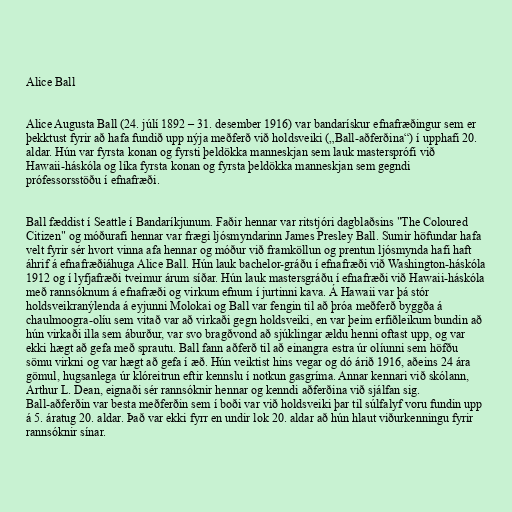
Alice Ball

Alice Augusta Ball (24. júlí 1892 – 31. desember 1916) var bandarískur efnafræðingur sem er
þekktust fyrir að hafa fundið upp nýja meðferð við holdsveiki („Ball-aðferðina“) í upphafi 20.
aldar. Hún var fyrsta konan og fyrsti þeldökka manneskjan sem lauk mastersprófi við
Hawaii-háskóla og líka fyrsta konan og fyrsta þeldökka manneskjan sem gegndi
prófessorsstöðu í efnafræði.

Ball fæddist í Seattle í Bandaríkjunum. Faðir hennar var ritstjóri dagblaðsins "The Coloured
Citizen" og móðurafi hennar var frægi ljósmyndarinn James Presley Ball. Sumir höfundar hafa
velt fyrir sér hvort vinna afa hennar og móður við framköllun og prentun ljósmynda hafi haft
áhrif á efnafræðiáhuga Alice Ball. Hún lauk bachelor-gráðu í efnafræði við Washington-háskóla
1912 og í lyfjafræði tveimur árum síðar. Hún lauk mastersgráðu í efnafræði við Hawaii-háskóla
með rannsóknum á efnafræði og virkum efnum í jurtinni kava. Á Hawaii var þá stór
holdsveikranýlenda á eyjunni Molokai og Ball var fengin til að þróa meðferð byggða á
chaulmoogra-olíu sem vitað var að virkaði gegn holdsveiki, en var þeim erfiðleikum bundin að
hún virkaði illa sem áburður, var svo bragðvond að sjúklingar ældu henni oftast upp, og var
ekki hægt að gefa með sprautu. Ball fann aðferð til að einangra estra úr olíunni sem höfðu
sömu virkni og var hægt að gefa í æð. Hún veiktist hins vegar og dó árið 1916, aðeins 24 ára
gömul, hugsanlega úr klóreitrun eftir kennslu í notkun gasgríma. Annar kennari við skólann,
Arthur L. Dean, eignaði sér rannsóknir hennar og kenndi aðferðina við sjálfan sig.
Ball-aðferðin var besta meðferðin sem í boði var við holdsveiki þar til súlfalyf voru fundin upp
á 5. áratug 20. aldar. Það var ekki fyrr en undir lok 20. aldar að hún hlaut viðurkenningu fyrir
rannsóknir sínar.